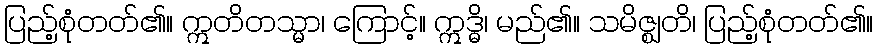
ပြည့်စုံတတ်၏။ ဣတိတသ္မာ၊ ကြောင့်။ ဣဒ္ဓိ၊ မည်၏။ သမိဇ္ဈတိ၊ ပြည့်စုံတတ်၏။